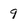
Character: 9